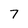
Character: 7